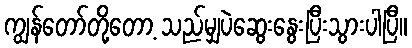
ကျွန်တော်တို့တော့ သည်မျှပဲဆွေးနွေးပြီးသွားပါပြီ။